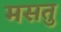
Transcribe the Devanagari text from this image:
मसतु